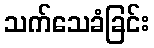
သက်သေခံခြင်း